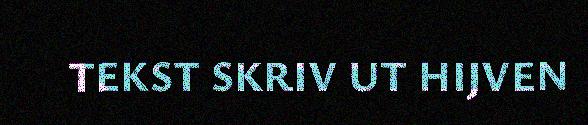
TEKST SKRIV UT HIJVEN